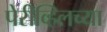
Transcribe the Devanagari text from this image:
पेरीव्हिलच्या